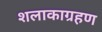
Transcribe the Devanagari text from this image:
शलाकाग्रहण